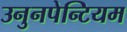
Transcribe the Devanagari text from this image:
उनुनपेन्टियम